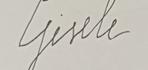
Signature authenticity: forged